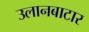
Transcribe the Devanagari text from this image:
उलानबाटार